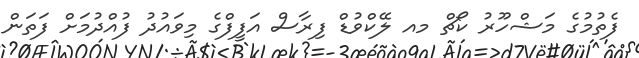
ފެތުމުގެ މަޝްހޫރު ކޯޗް މއ ލޭކްވުޑް ފިރާސް އަފީފްގެ މިވައުދު ފުއްދުމަށް ފަތަން